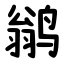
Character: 鹟